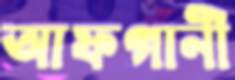
আফগানী